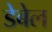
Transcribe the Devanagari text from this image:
डेबेल